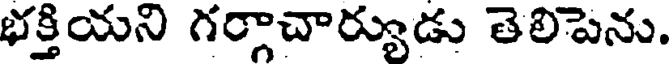
భక్తియని గర్గాచార్యుడు తెలిపెను.